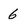
Character: 6